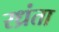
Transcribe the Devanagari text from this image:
रध्रंता